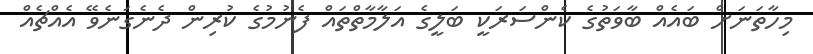
މިހާތަނަށް ބައެއް ބާވަތުގެ ކެންސަރަކީ ބަލީގެ އަލާމާތްތައް ފެނުމުގެ ކުރިން ދެނެގަނެވޭ އެއްޗެއް